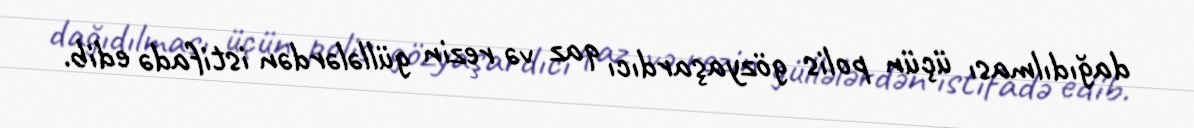
dağıdılması üçün polis gözyaşardıcı qaz və rezin güllələrdən istifadə edib.